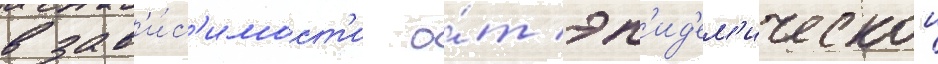
в зав'и́с'имост'и о́т эп'ид'ем'ическои